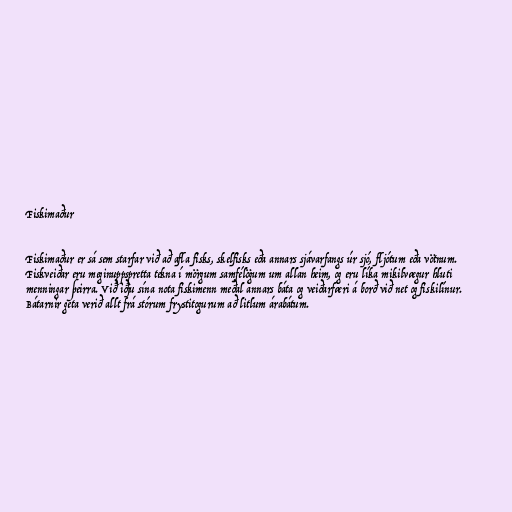
Fiskimaður

Fiskimaður er sá sem starfar við að afla fisks, skelfisks eða annars sjávarfangs úr sjó, fljótum eða vötnum.
Fiskveiðar eru meginuppspretta tekna í mörgum samfélögum um allan heim, og eru líka mikilvægur hluti
menningar þeirra. Við iðju sína nota fiskimenn meðal annars báta og veiðarfæri á borð við net og fiskilínur.
Bátarnir geta verið allt frá stórum frystitogurum að litlum árabátum.